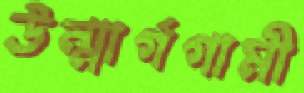
উন্মার্গগামী